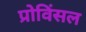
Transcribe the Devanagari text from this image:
प्रोविंसल